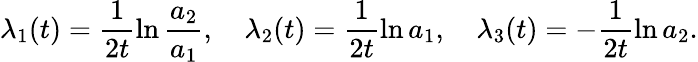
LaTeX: \lambda_{1}(t)=\frac{1}{2t}\ln{\frac{a_{2}}{a_{1}}},\quad\lambda_{2}(t)=\frac{1}{2t}\ln{a_{1}},\quad\lambda_{3}(t)=-\frac{1}{2t}\ln{a_{2}}.